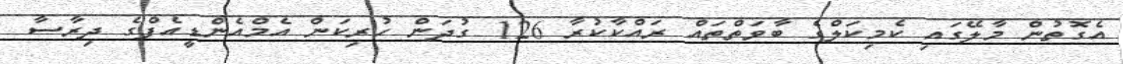
އެގޮތުން މާލޭގައި ކެމިކަލްގެ ބާވަތްތައް ރައްކާކުރާ 126 ގުދަން ހުރިކަން އެމްއެންޑީއެފްގެ ދިރާސާ